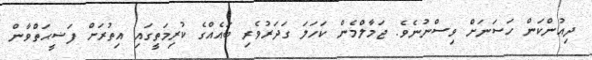
ދިއުންކަން ހަސަނަށް ވިސްނުނެވެ. ޖަމާލްމެން ކަހަލަ ގަދަރުވެރި ބައެއްގެ ކުރިމަތީގައި އިތުރަށް ފަޟީޙަތްވާން